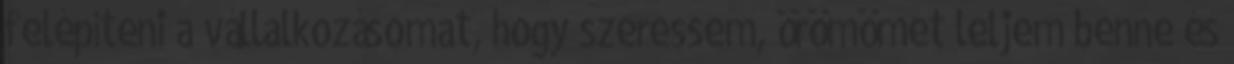
felépíteni a vállalkozásomat, hogy szeressem, örömömet leljem benne és